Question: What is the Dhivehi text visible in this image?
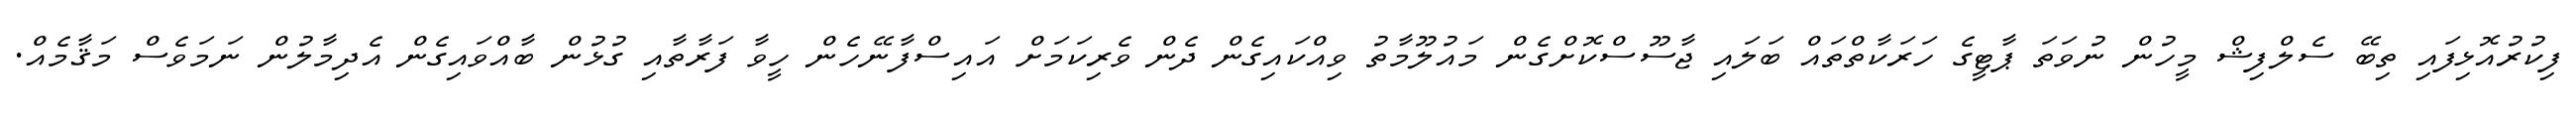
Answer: ފިކުރުއޮޅިފައި ތިބޭ ސެލްފިޝް މީހުން ނުވަތަ ޕާޓީގެ ހަރަކާތްތައް ބަލައި ޖާސޫސްކޮށްގެން މައުލޫމާތު ވިއްކައިގެން ދެން ވެރިކަމަށް އައިސްފާނޭހެން ހީވާ ފަރާތާއި ގުޅުން ބާއްވައިގެން އެދިމާލުން ނަމަވެސް މަޤާމެއް.